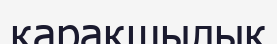
қарақшылық